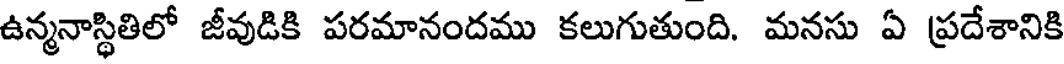
ఉన్మనాస్థితిలో జీవుడికి పరమానందము కలుగుతుంది. మనసు ఏ ప్రదేశానికి